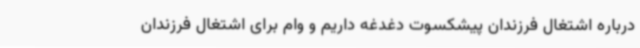
درباره اشتغال فرزندان پیشکسوت دغدغه داریم و وام برای اشتغال فرزندان